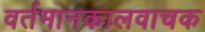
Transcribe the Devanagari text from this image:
वर्तमानकालवाचक